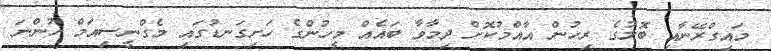
މައިގްރޭނާއި ބޮލުގެ ރިހުން އާއްމުކޮށް ދިމާވާ ބައެއް މީހުންގެ ހަށިގަނޑުގައި މެގްނީސިއަމް ހުންނަ